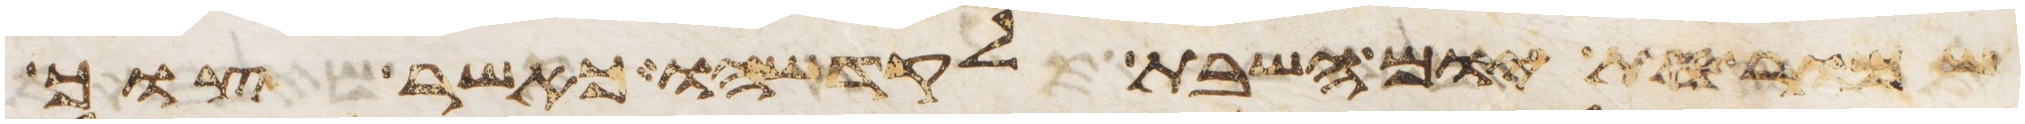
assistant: שמור את יום השבת לקדשהו כאשר צוך